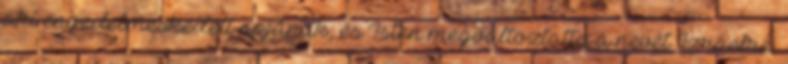
aki engedelmeskedett apjának, és Isten megváltoztatta a nevét Izraelre,